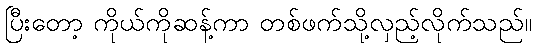
ပြီးတော့ ကိုယ်ကိုဆန့်ကာ တစ်ဖက်သို့လှည့်လိုက်သည်။